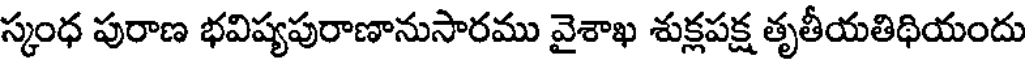
స్కంధ పురాణ భవిష్యపురాణానుసారము వైశాఖ శుక్లపక్ష తృతీయతిథియందు